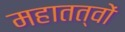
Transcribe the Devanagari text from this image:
महातत्वों